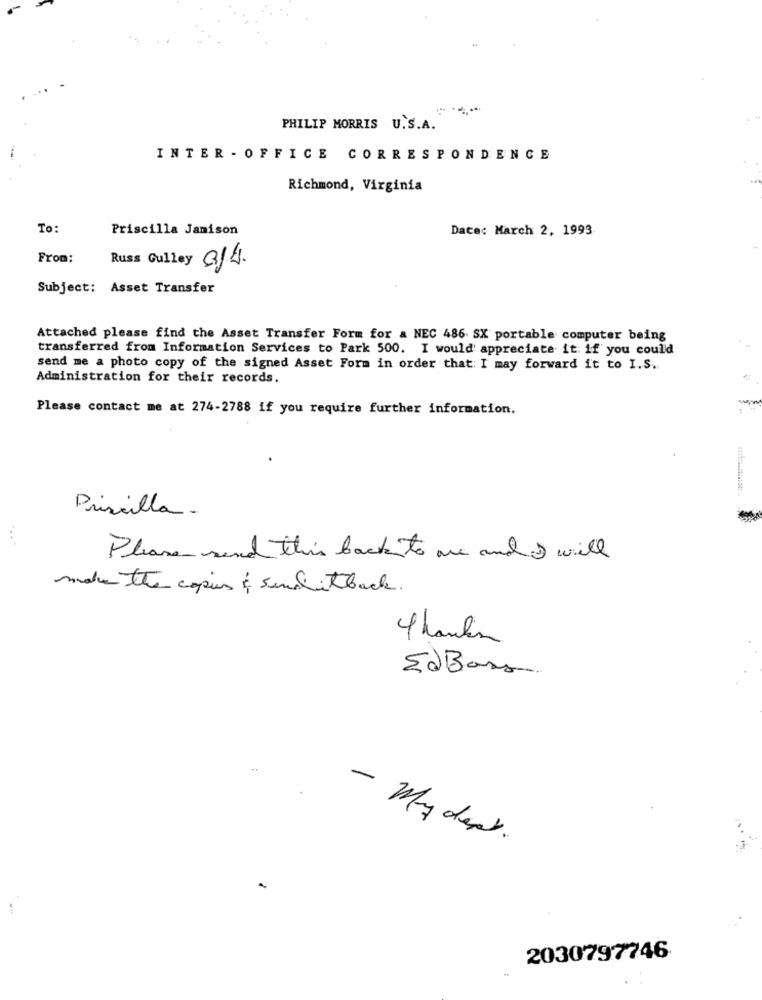
PHILIP MORRIS U.S.A.
INTER - OFFICE CORRESPONDENCE
Richmond, Virginia
To:
Priscilla Jamison
Date: March 2, 1993
From:
Russ Gulley CJA.
Subject: Asset Transfer
Attached please find the Asset Transfer Form for & NEC 486. SX portable computer being
transferred from Information Services to Park 500. I would appreciate it if you could
send me a photo copy of the signed Asset Form in order that I may forward it to I.S.
Administration for their records.
Please contact me at 274-2788 if you require further information.
Priscilla -
Please send this back to are and I will
make the copies & senditback.
4 hanlin
EdBars
- My dept.
2030797746